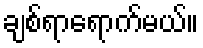
ချစ်ရာရောက်မယ်။